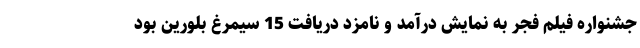
جشنواره فیلم فجر به نمایش درآمد و نامزد دریافت 15 سیمرغ بلورین بود